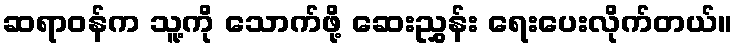
ဆရာဝန်က သူ့ကို သောက်ဖို့ ဆေးညွှန်း ရေးပေးလိုက်တယ်။